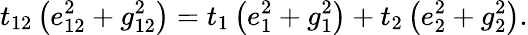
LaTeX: t_{12}\left(e_{12}^{2}+g_{12}^{2}\right)=t_{1}\left(e_{1}^{2}+g_{1}^{2}\right)+t_{2}\left(e_{2}^{2}+g_{2}^{2}\right).